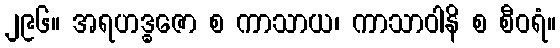
၂၉၆။ အရဟဒ္ဓဇော စ ကာသာယ၊ ကာသာဝါနိ စ စီဝရံ။